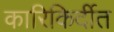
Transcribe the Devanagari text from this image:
कारिकिर्दीत